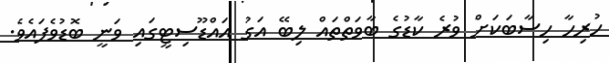
ހުރިހާ ހިސާބަކަށް ވުރެ ކާޑުގެ ބާވަތްތައް ލިބޭ އަގު އައްޑޫސިޓީގައި ވަނީ ބޮޑުވެފައެވެ.